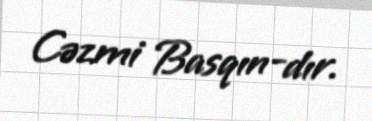
Cəzmi Basqın-dır.